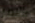
بالامر